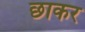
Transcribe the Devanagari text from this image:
छाकर